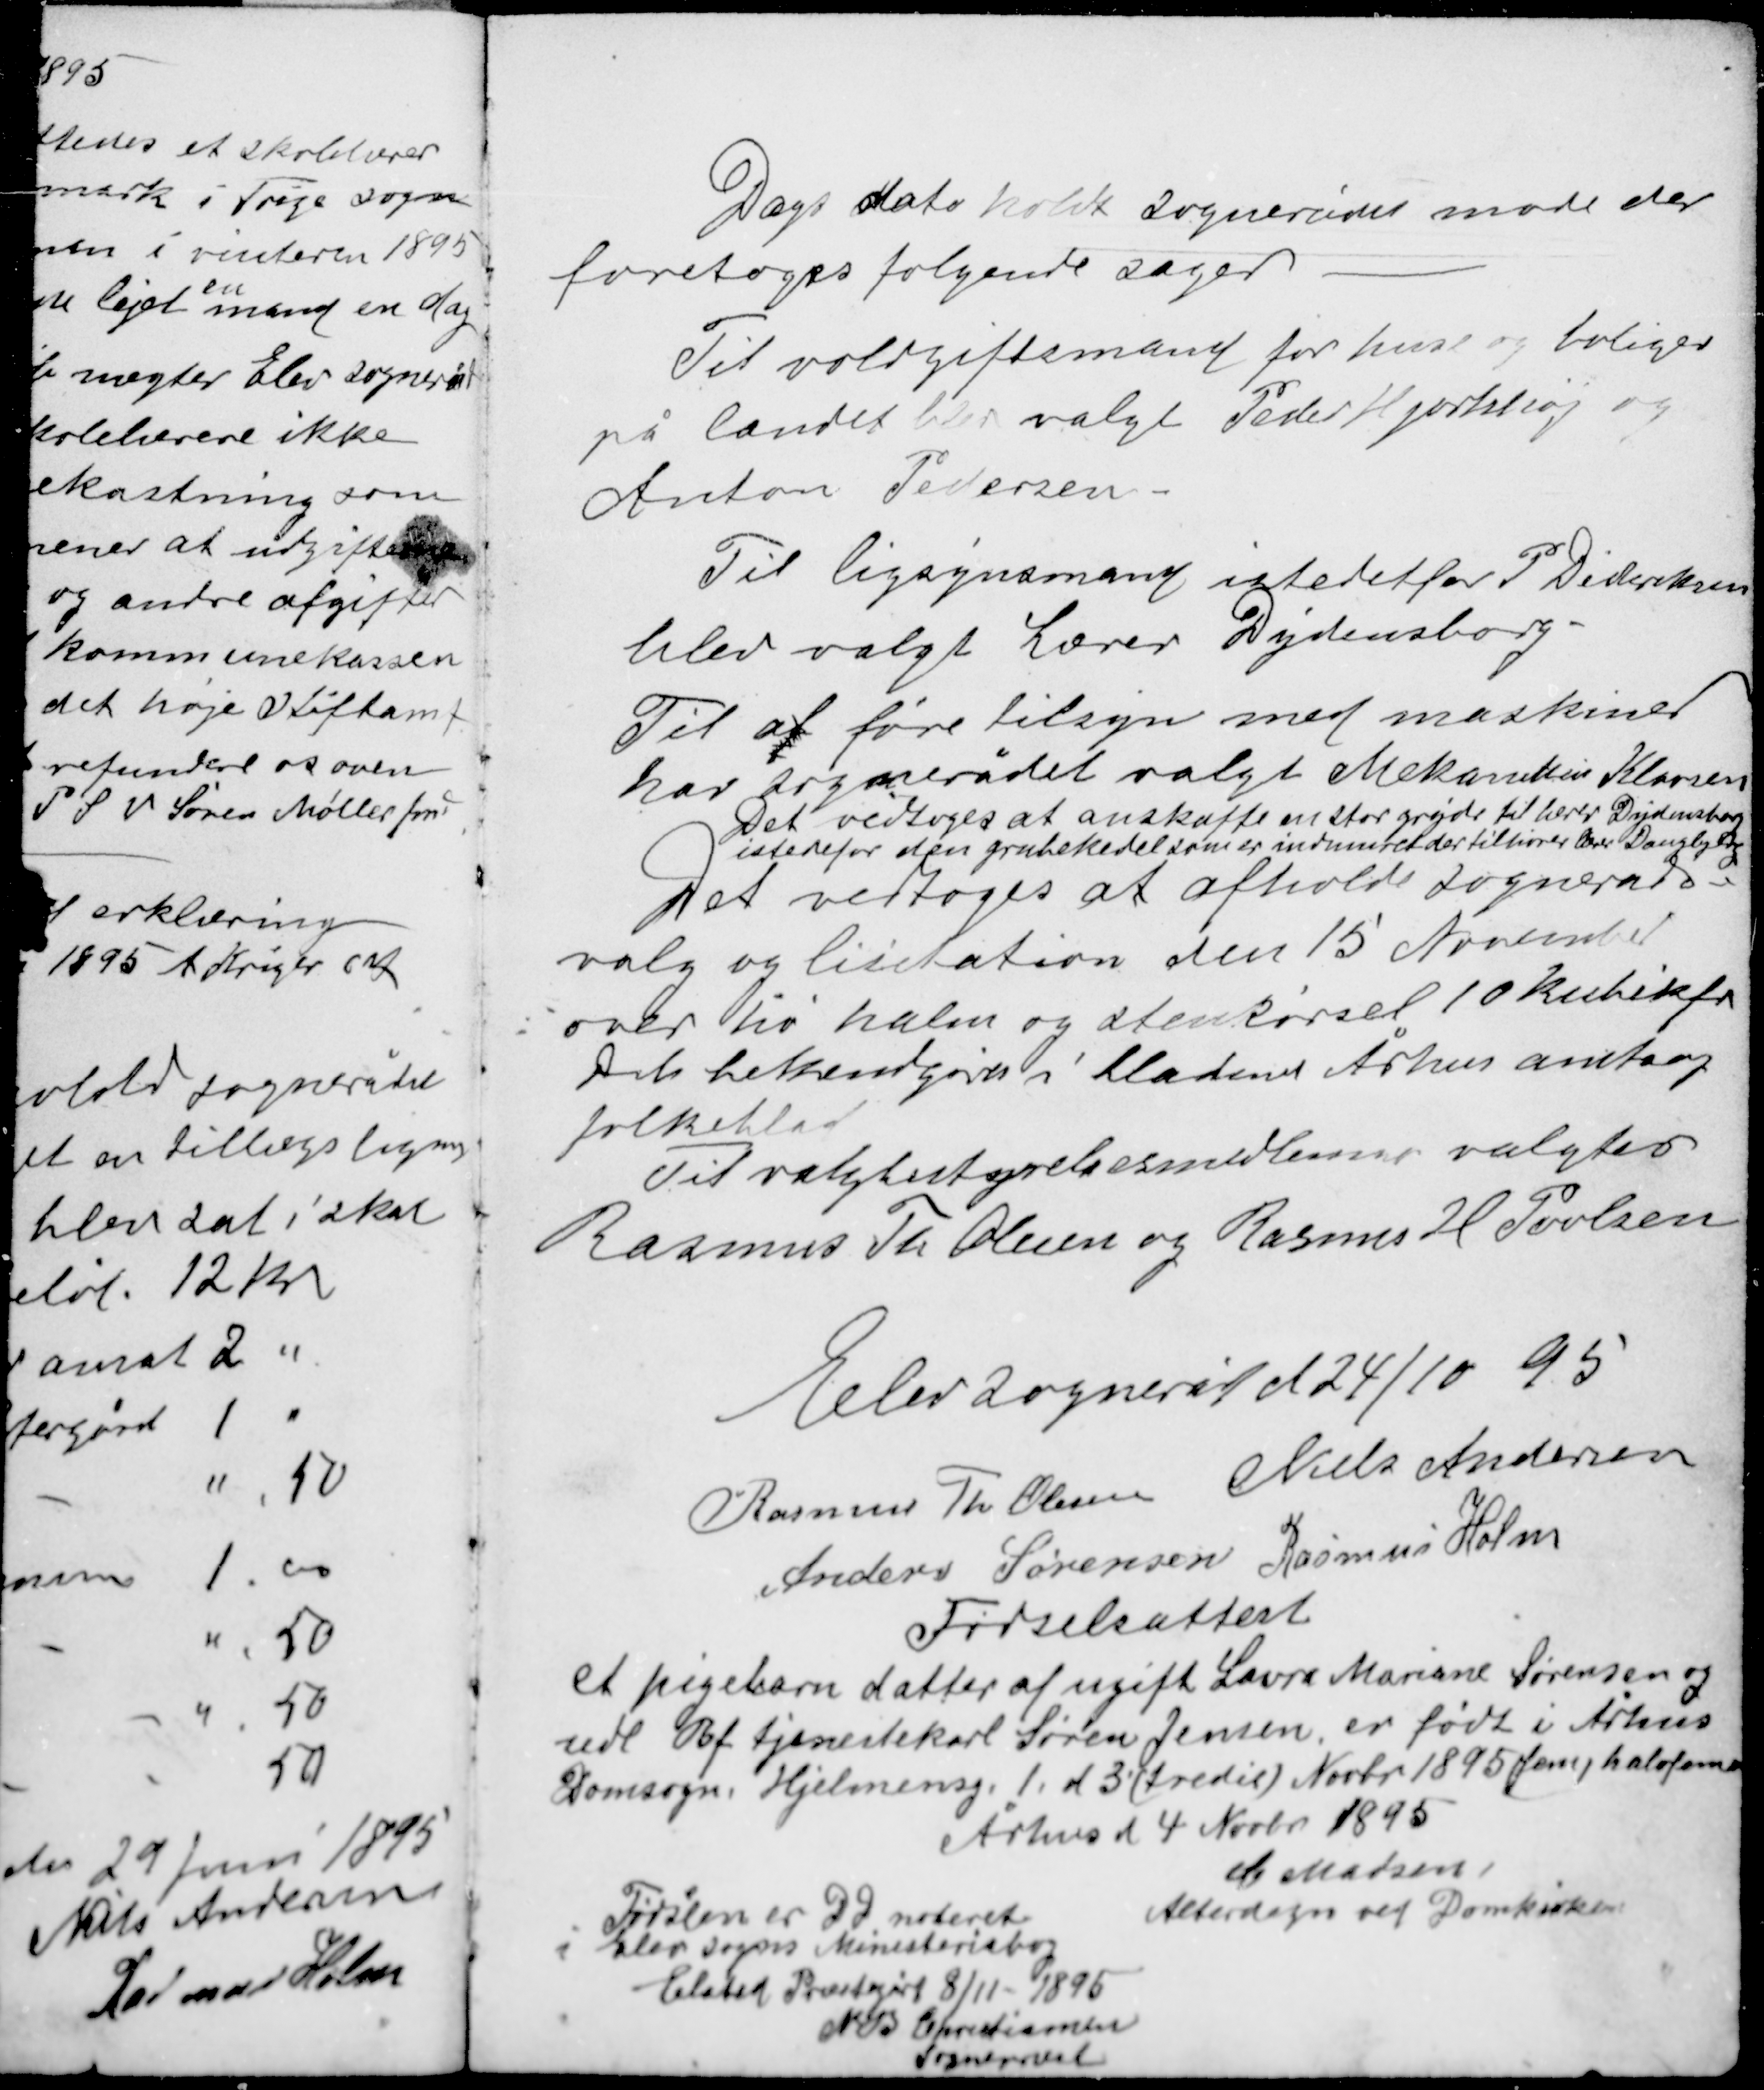
Transskription:
Dags dato holdt sognerådet møde der
foretoges følgende sager
Til voldgiftsmænd for huse og boliger
på landet blev valgt Peder Hjortshøj og
Anton Pedersen.

Til ligsynsmand istedetfor P Dideriksen
blev valgt Lærer Dydensborg.

Til at føre tilsyn med maskiner
har sognerådet valgt Mekaniker Klavsen
Det vedtoges at anskaffe en stor gryde til lærer Dydensborg
istedetfor den grukedel som er indmuret der tilhører lærer Daugbjerg
Det vedtoges at afholde sogneråds-
valg og licitation den 15 November
over hø halm og stenkørsel 10 kubikfv
Det bekendgøres i bladene Århus amts og
folkeblad
Til valgbestyrelsesmedlemmer valgtes
Rasmus Th Olesen og Rasmus H Povlsen

Elev sogneråd d 24/10 95
Rasmus Th Olesen Niels Andersen
Anders Sørensen Rasmus Holm

Fødselsattest

et pigebarn datter af ugift Laura Mariane Sørensen og
udl Bf tjenestekarl Søren Jensen er født i Århus
Domsogn, Hjelmensg 1 d 3(tredie) Novbr 1895

Århus d 4 Novbr 1895
C Madsen
Alterdegn ved Domkirken

Fødslen er DD noteret
i Elev sogns Ministeriabog
Elsted Præstegård 8/11 - 1895
N B Christiansen
Sognepræst